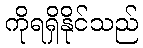
ကိုရရှိနိုင်သည်